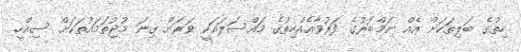
ހިތުގެ ބަލިތަކަށް އެއް ނަމްބަރުގެ ފަރުވާއެއްހިތުގެ މައްސަލައަކީ ވަރަށް ގިނަ މުޖުތަމައުތަކަށް ސިއްހީ